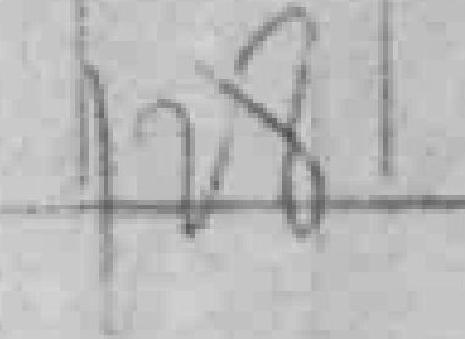
128